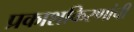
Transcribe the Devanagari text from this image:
प्रकाशकिरणांची